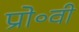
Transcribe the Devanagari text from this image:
प्रो॰वी